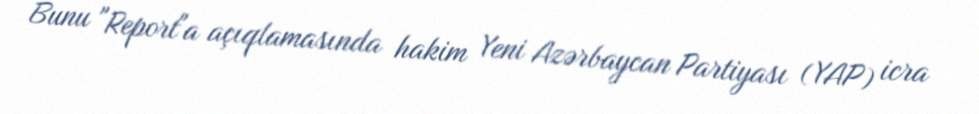
Bunu "Report"a açıqlamasında hakim Yeni Azərbaycan Partiyası (YAP) icra